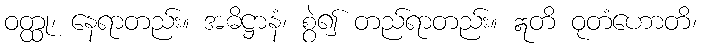
ဝတ္ထု၊ နေရာတည်း။ အဓိဋ္ဌာနံ၊ စွဲ၍ တည်ရာတည်း။ ဣတိ ဝုတံဟောတိ၊